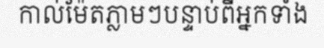
កាល់ម៉ែតភ្លាមៗបន្ទាប់ពីអ្នកទាំង